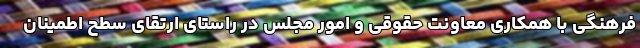
فرهنگی با همکاری معاونت حقوقی و امور مجلس در راستای ارتقای سطح اطمینان